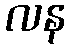
လန